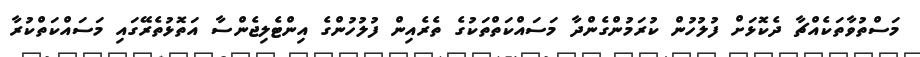
މަސްތުވާތަކެއްޗާ ދެކޮޅަށް ފުލުހުން ކުރަމުންގެންދާ މަސައްކަތްތަކުގެ ތެރެއިން ފުލުހުންގެ އިންޓެލިޖެންސާ އަތޮޅުތެރޭގައި މަސައްކަތްކުރާ